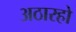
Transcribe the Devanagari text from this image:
अठारहो